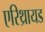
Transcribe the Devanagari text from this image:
एरिथ्रायड